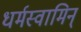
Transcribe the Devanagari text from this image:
धर्मस्वामिन्